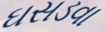
ઘસડવા